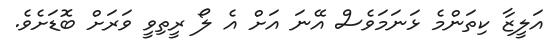
އަލީޒާ ކިތަންމެ ޅަނަމަވެސް އޭނަ އަށް އެ ލޯ ރީތިވީ ވަރަށް ބޮޑަށެވެ.